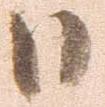
日